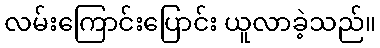
လမ်းကြောင်းပြောင်း ယူလာခဲ့သည်။